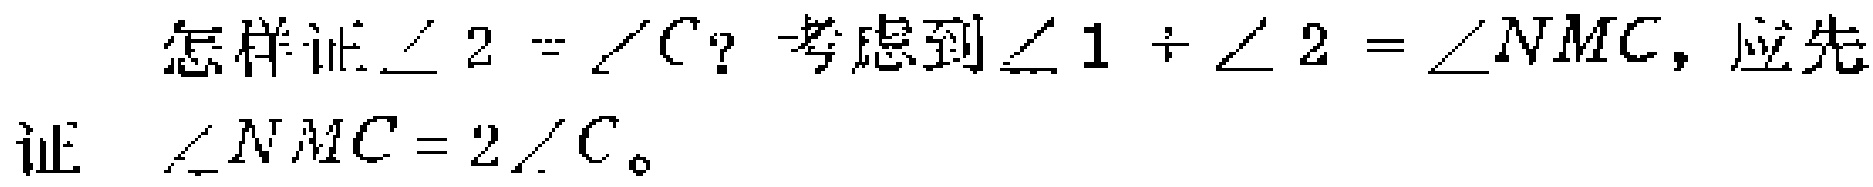
怎样证$\angle 2 = \angle C$？考虑到$\angle 1+\angle 2 = \angle NMC$，应先证 $\angle NMC = 2\angle C$。